Eesti_Rahvusfond, lk 18
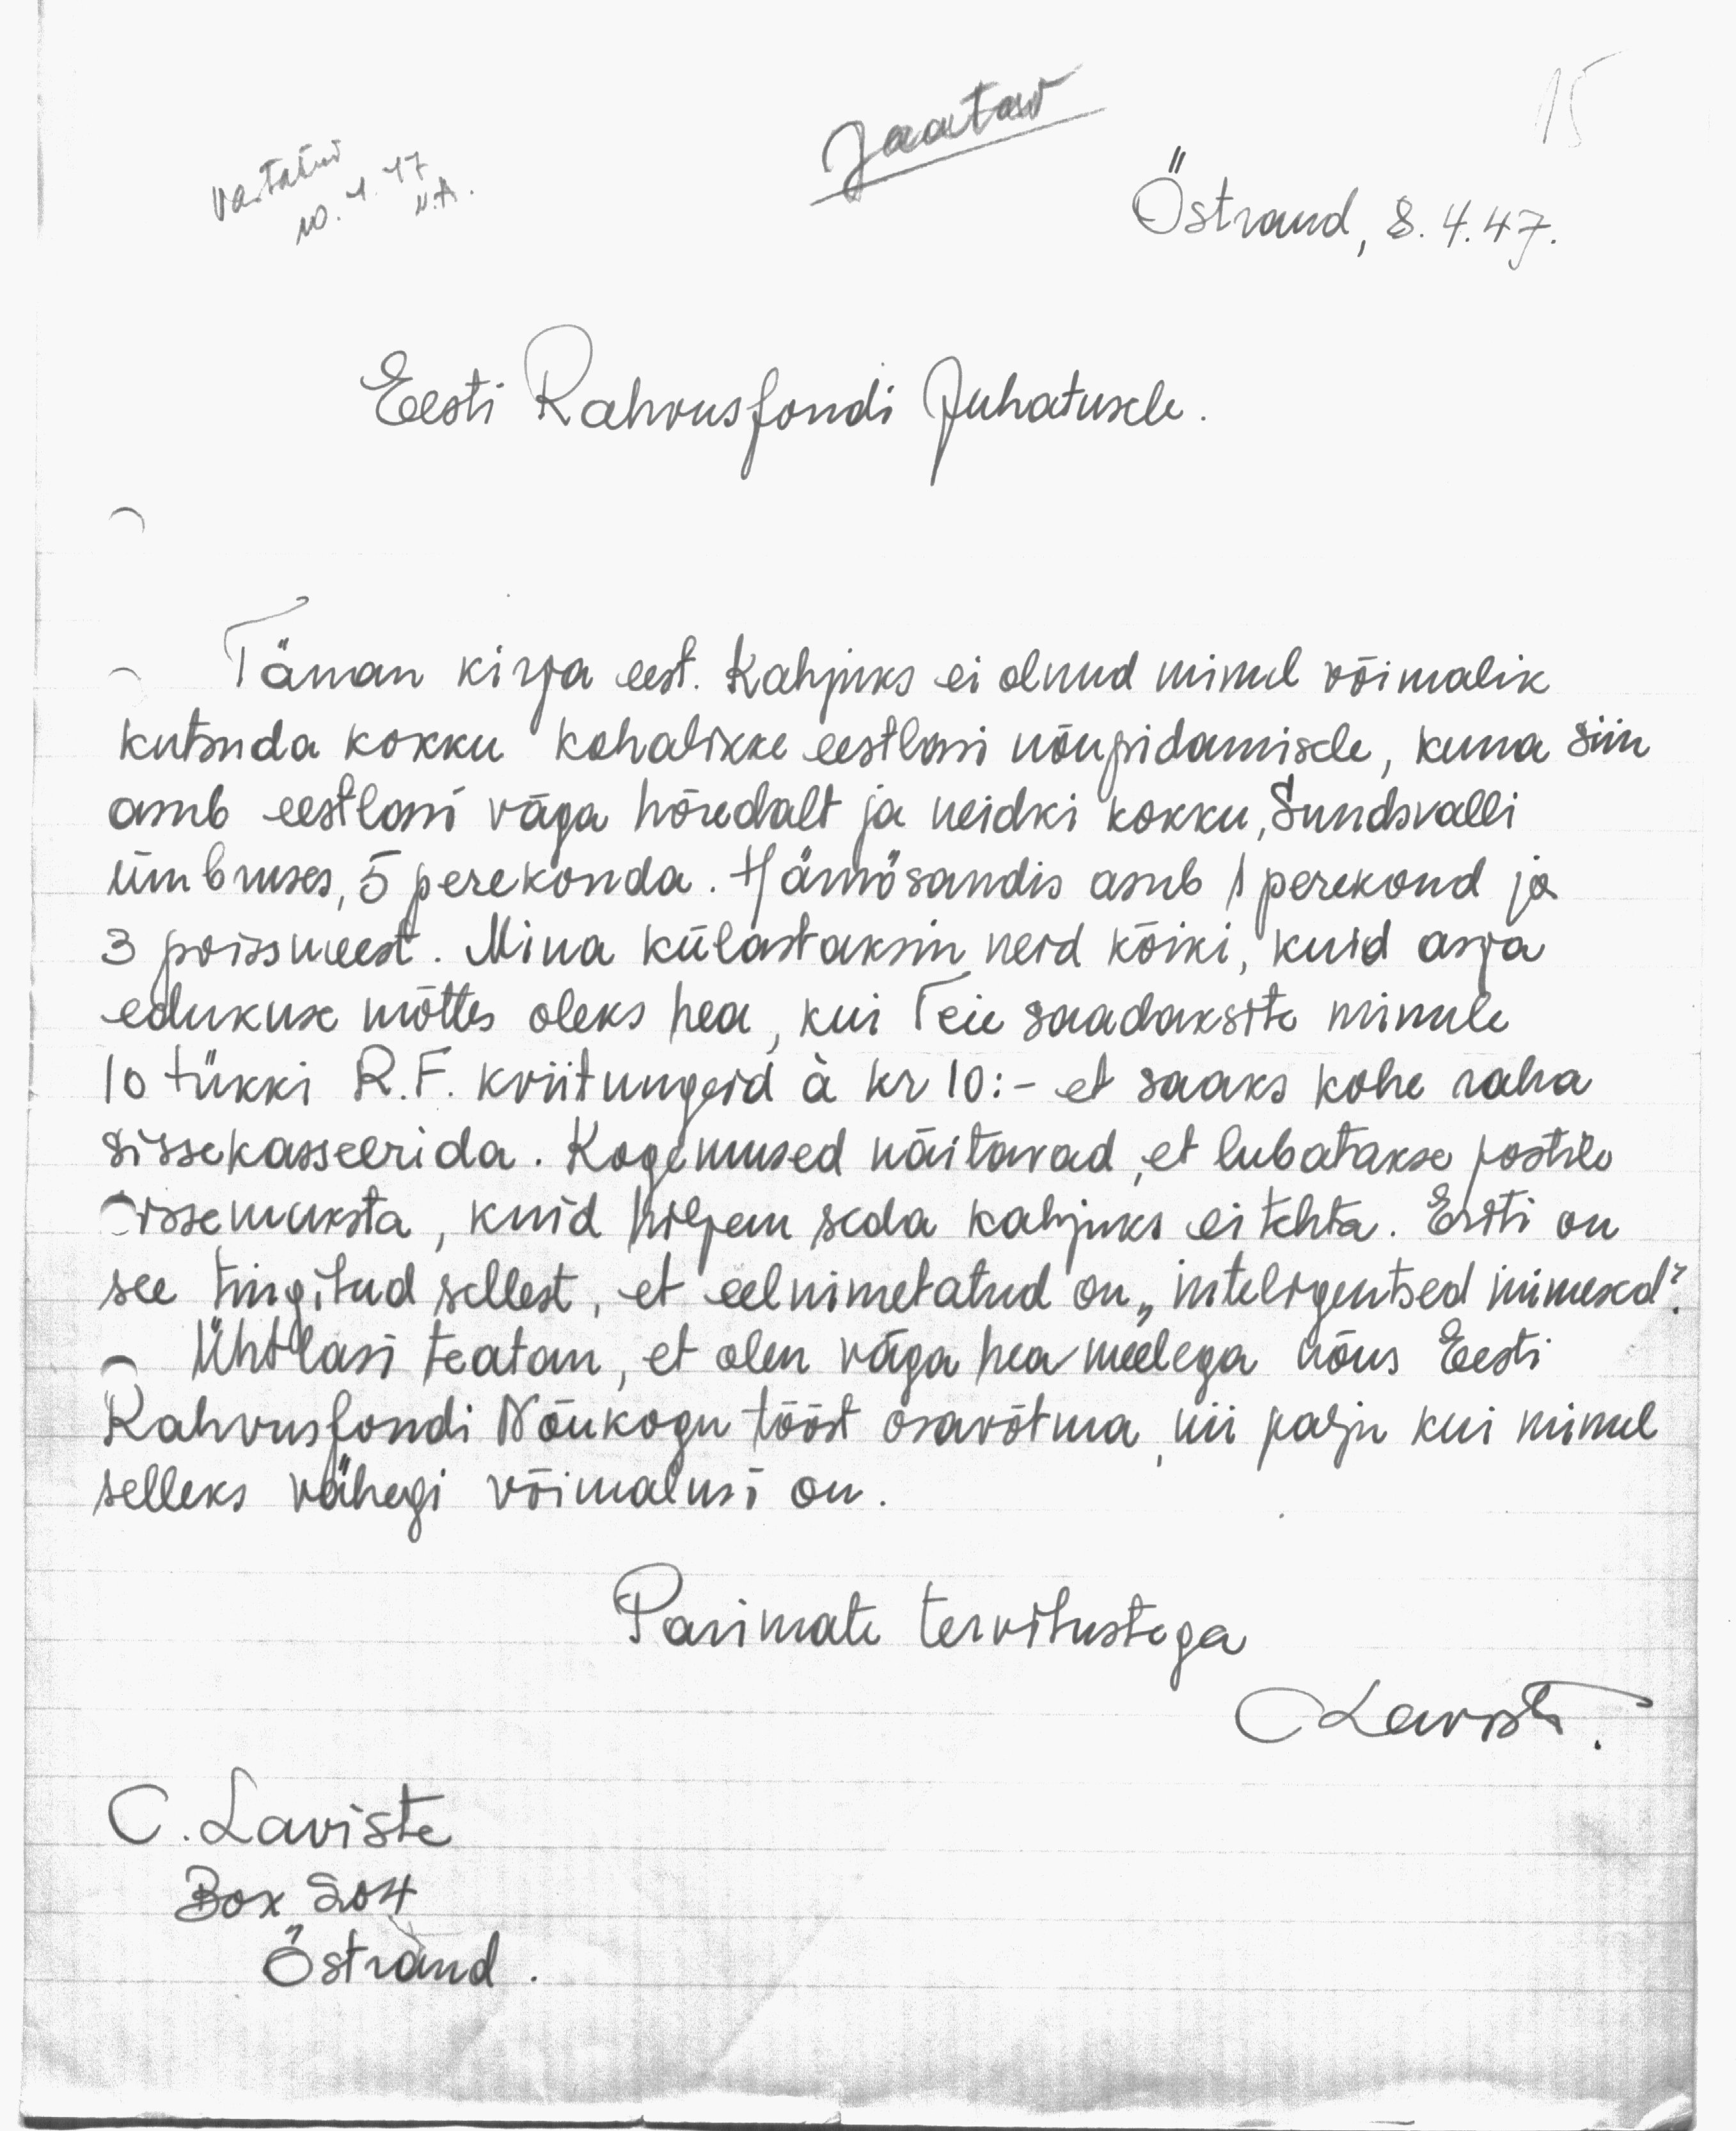
15
Vastatud
10. 4. 47.
V. A
Jaatav
Östrand, 8. 4. 47.
Eesti Rahvusfondi Juhatusele.
Tänan kirja eest. Kahjuks ei olnud minul võimalik
kutsuda kokku kohalikke eestlasi nõupidamisele, kuna siin
asub eestlasi väga hõredalt ja neidki kokku, Sundsvalli
ümbuses, 5 perekonda. Härnösandis asub 1 perekond ja
3 poissmeest. Mina külastaksin neid kõiki, kuid asja
edukuse mõttes oleks hea, kui Teie saadaksite minule
10 tükki R.F. kviitungeid à kr 10: - et saaks kohe raha
sissekasseerida. Kogemused näitavad, et lubatakse postile
sissemaksta, kuid hiljem seda kahjuks ei tehta. Eriti on
see tingitud sellest, et eelnimetatud on "inteligentsed inimesed".
Ühtlasi teatan, et olen väga hea meelega nõus Eesti
Rahvusfondi Nõukogu tööst osavõtma, nii palju kui minul
selleks vähegi võimalusi on.
Parimate tervitustega
C Laviste.
C. Laviste
Box 204
Östrand